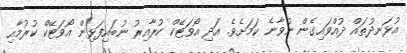
އުޅަނދުތައް ދުއްވައިގެން ނުވާނެ ކަމަށެވެ. އަދި އޯވަޓޭކް ކުރާއިރު ނުބައިފަޅިން އޯވަޓޭކް ކުރުމާއި